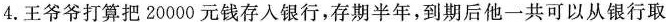
4. 王爷爷打算把20000元钱存入银行，存期半年，到期后他一共可以从银行取